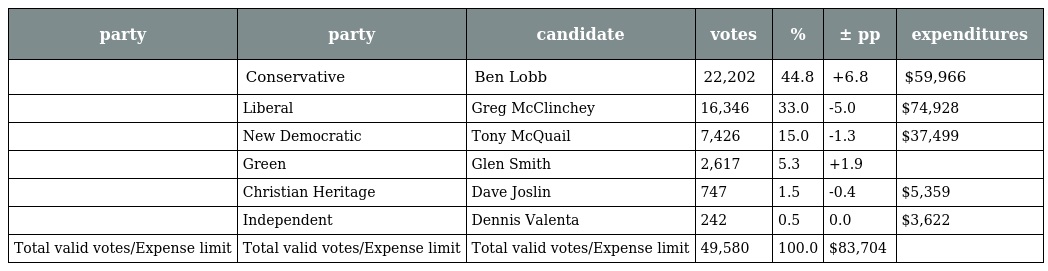
| party | party | candidate | votes | % | ± pp | expenditures |
 | --- | --- | --- | --- | --- | --- | --- |
 |  | Conservative | Ben Lobb | 22,202 | 44.8 | +6.8 | $59,966 |
 |  | Liberal | Greg McClinchey | 16,346 | 33.0 | -5.0 | $74,928 |
 |  | New Democratic | Tony McQuail | 7,426 | 15.0 | -1.3 | $37,499 |
 |  | Green | Glen Smith | 2,617 | 5.3 | +1.9 |  |
 |  | Christian Heritage | Dave Joslin | 747 | 1.5 | -0.4 | $5,359 |
 |  | Independent | Dennis Valenta | 242 | 0.5 | 0.0 | $3,622 |
 | Total valid votes/Expense limit | Total valid votes/Expense limit | Total valid votes/Expense limit | 49,580 | 100.0 | $83,704 |  |